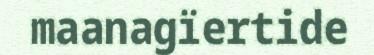
maanagïertide